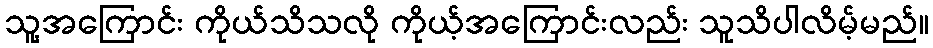
သူ့အကြောင်း ကိုယ်သိသလို ကိုယ့်အကြောင်းလည်း သူသိပါလိမ့်မည်။